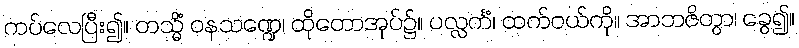
ကပ်လေပြီး၍။ တသ္မိံ ဝနသဏ္ဍေ၊ ထိုတောအုပ်၌။ ပလ္လင်္ကံ၊ ထက်ဝယ်ကို။ အာဘဇိတွာ၊ ခွေ၍။